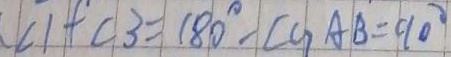
\angle 1 + \angle 3 = 1 8 0 ^ { \circ } - \angle G A B = 9 0 ^ { \circ }